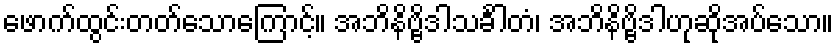
ဖောက်ထွင်းတတ်သောကြောင့်။ အဘိနိဗ္ဗိဒါသင်္ခါတံ၊ အဘိနိဗ္ဗိဒါဟုဆိုအပ်သော။